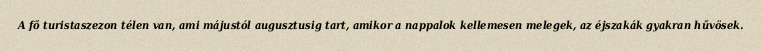
A fő turistaszezon télen van, ami májustól augusztusig tart, amikor a nappalok kellemesen melegek, az éjszakák gyakran hűvösek.